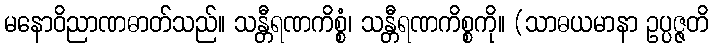
မနောဝိညာဏဓာတ်သည်။ သန္တီရဏကိစ္စံ၊ သန္တီရဏကိစ္စကို။ (သာဓယမာနာ ဥပ္ပဇ္ဇတိ